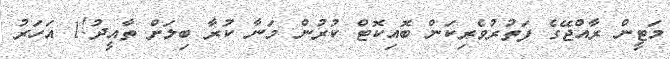
މަޓީން ރާއްޖޭގެ ފަތުރުވެރިކަން ބޮއިކޮޓް ކުރުން މަނާ ކުރާ ބިލަށް ތާއީދު!1 އަހަރު